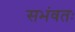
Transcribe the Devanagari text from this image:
सभंवतः